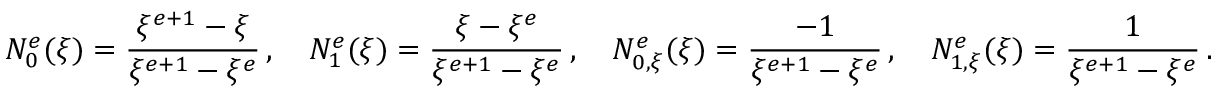
N _ { 0 } ^ { e } ( \xi ) = \frac { \xi ^ { e + 1 } - \xi } { \xi ^ { e + 1 } - \xi ^ { e } } \, , \quad N _ { 1 } ^ { e } ( \xi ) = \frac { \xi - \xi ^ { e } } { \xi ^ { e + 1 } - \xi ^ { e } } \, , \quad N _ { 0 , \xi } ^ { e } ( \xi ) = \frac { - 1 } { \xi ^ { e + 1 } - \xi ^ { e } } \, , \quad N _ { 1 , \xi } ^ { e } ( \xi ) = \frac { 1 } { \xi ^ { e + 1 } - \xi ^ { e } } \, .